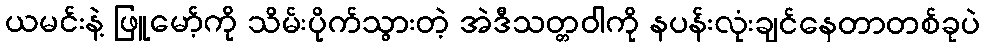
ယမင်းနဲ့ ဖြူမော့်ကို သိမ်းပိုက်သွားတဲ့ အဲဒီသတ္တဝါကို နပန်းလုံးချင်နေတာတစ်ခုပဲ